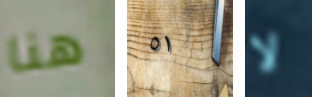
هنا ٥١ لا